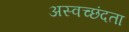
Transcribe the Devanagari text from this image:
अस्वच्छंदता